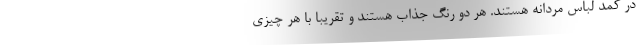
در کمد لباس مردانه هستند. هر دو رنگ جذاب هستند و تقریباً با هر چیزی